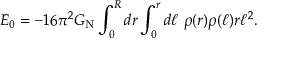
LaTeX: E _ { 0 } = - 1 6 \pi ^ { 2 } G _ { \mathrm { N } } \int _ { 0 } ^ { R } d r \int _ { 0 } ^ { r } d \ell \ \rho ( r ) \rho ( \ell ) r \ell ^ { 2 } .